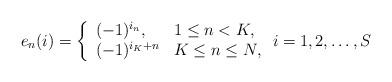
LaTeX: \begin{align*} e_n(i)= \left\{ \begin{array}{ll} (-1)^{i_n}, & 1\leq n< K, \\ (-1)^{i_{K}+n} & K \leq n \leq N, \end{array} \right. i=1,2,\dots, S\end{align*}